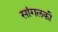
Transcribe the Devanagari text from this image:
सांगलकी